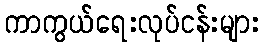
ကာကွယ်ရေးလုပ်ငန်းများ